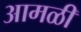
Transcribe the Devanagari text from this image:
आमळी